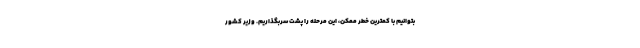
بتوانیم با کمترین خطر ممکن، این مرحله را پشت سربگذاریم. وزیر کشور